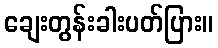
ချေးတွန်းခါးပတ်ပြား။